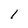
Character: 1